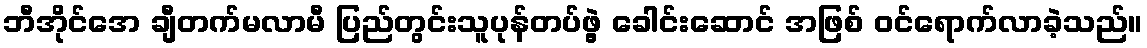
ဘီအိုင်အေ ချီတက်မလာမီ ပြည်တွင်းသူပုန်တပ်ဖွဲ့ ခေါင်းဆောင် အဖြစ် ဝင်ရောက်လာခဲ့သည်။